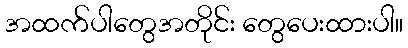
အထက်ပါတွေအတိုင်း တွေပေးထားပါ။